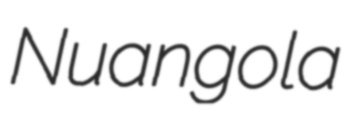
Nuangola